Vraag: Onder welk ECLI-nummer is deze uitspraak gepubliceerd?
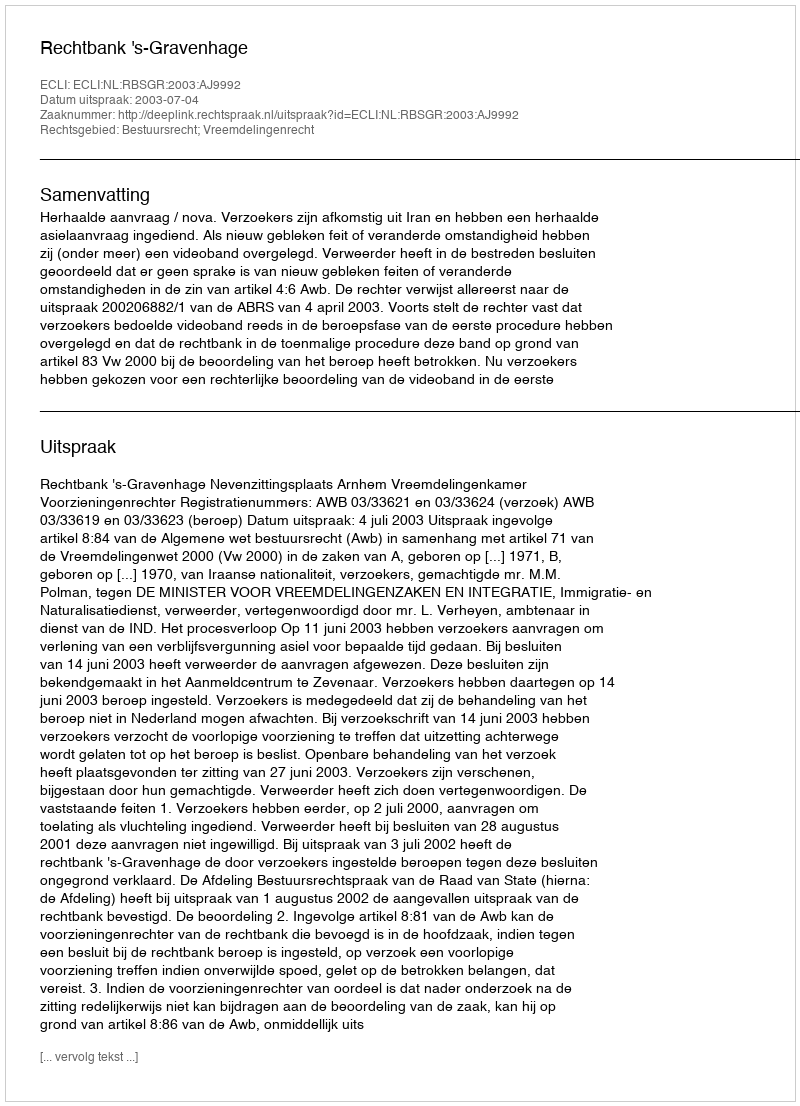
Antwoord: ECLI:NL:RBSGR:2003:AJ9992